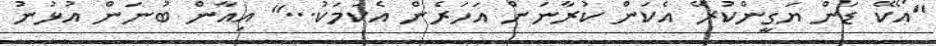
"އޯކޭ ޑަން ޔަގީންކުރޭ އެކަން ކުރާނަން އަހަރެން އެކަމަކު..." އިއާން ބުނަން އުޅުނު